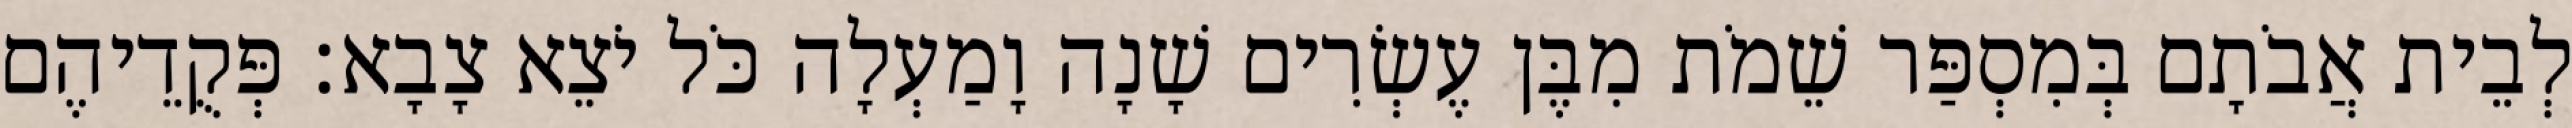
לְבֵית אֲבֹתָם בְּמִסְפַּר שֵׁמֹת מִבֶּן עֶשְׂרִים שָׁנָה וָמַעְלָה כֹּל יֹצֵא צָבָא׃ פְּקֻדֵיהֶם